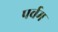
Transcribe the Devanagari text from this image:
पर्वम